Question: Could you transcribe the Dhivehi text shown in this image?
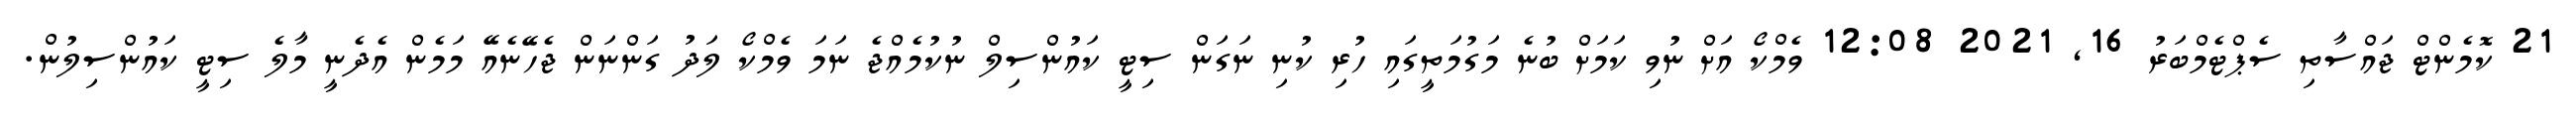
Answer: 21 ކޮމެންޓް ޖައްސާތި ސެޕްޓެމްބަރު 16, 2021 12:08 ވެމްކޯ އަށް ނުވި ކަމަށް ބުނެ މަގުމަތީގައި ހުރި ކުނި ނަގަން ސިޓީ ކައުންސިލް ނުކުމެއްޖެ ނަމަ ވެމްކޯ ލަދު ގަންނަން ޖެހޭނެއޭ މަމެން އެދެނީ މާލެ ސިޓީ ކައުންސިލުން.